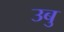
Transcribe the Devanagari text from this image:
उबु